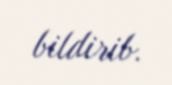
bildirib.